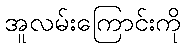
အူလမ်းကြောင်းကို